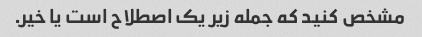
مشخص کنید که جمله زیر یک اصطلاح است یا خیر.